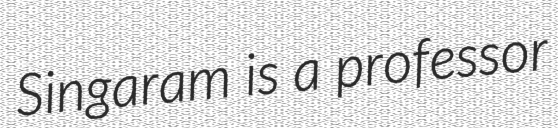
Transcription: Singaram is a professor